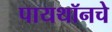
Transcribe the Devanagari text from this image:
पायथॉनचे